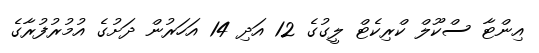
އިންޓާ ސްކޫލް ކްރިކެޓް ލީގުގެ 12 އަދި 14 އަހަރުން ދަށުގެ އުމުރުފުރާގެ